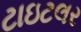
ટાઇટલર